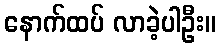
နောက်ထပ် လာခဲ့ပါဦး။